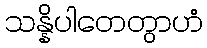
သန္နိပါတေတွာဟံ